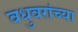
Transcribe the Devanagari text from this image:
वधुवरांच्या